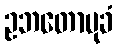
ဥဘတောမုခံ